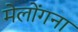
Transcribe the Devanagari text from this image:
मेलोंगना